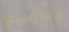
بتوسيع